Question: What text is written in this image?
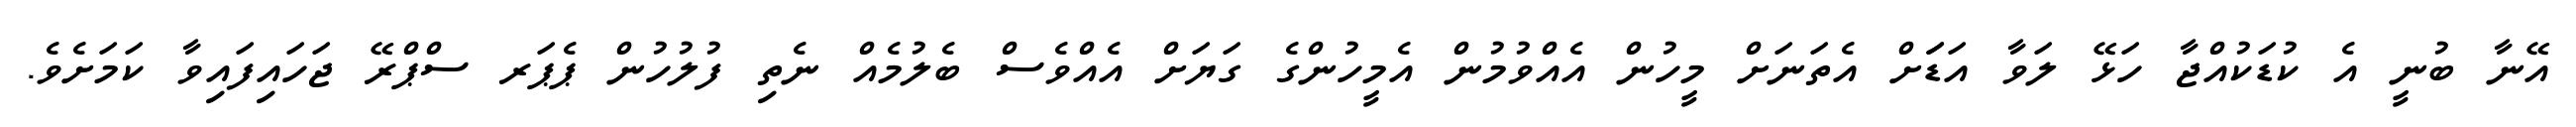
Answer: އޭނާ ބުނީ އެ ކުޑަކުއްޖާ ހަޅޭ ލަވާ އަޑަަށް އެތަނަށް މީހުން އެއްވުމުން އެމީހުންގެ ގަޔަށް އެއްވެސް ބެލުމެއް ނެތި ފުލުހުން ޕެޕަރ ސްޕްރޭ ޖަހައިފައިވާ ކަމަށެވެ.